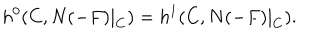
h ^ { 0 } ( C , N ( - F ) | _ { C } ) = h ^ { 1 } ( C , N ( - F ) | _ { C } ) .